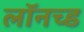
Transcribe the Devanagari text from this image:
लॉनच्ड